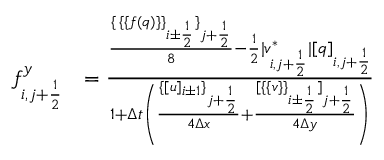
\begin{array} { r l } { f _ { i , j + \frac 1 2 } ^ { y } } & { = \frac { \frac { \{ \, \{ \{ f ( q ) \} \} _ { i \pm \frac 1 2 } \} _ { j + \frac 1 2 } } { 8 } - \frac 1 2 | v _ { i , j + \frac 1 2 } ^ { * } | [ q ] _ { i , j + \frac 1 2 } } { 1 + \Delta t \left( \frac { \{ [ u ] _ { i \pm 1 } \} _ { j + \frac 1 2 } } { 4 \Delta x } + \frac { [ \{ \{ v \} \} _ { i \pm \frac 1 2 } ] _ { j + \frac 1 2 } } { 4 \Delta y } \right) } } \end{array}